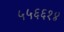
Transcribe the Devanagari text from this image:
५५६६१४